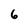
Character: 6